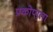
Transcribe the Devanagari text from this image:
प्रकोपाला